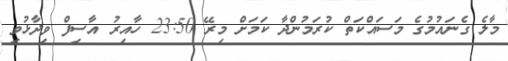
މާލެ ގެނައުމުގެ މަސައްކަތް ކުރަމުންދާ ކަމަށް މިރޭ 23:50 ހާއިރު އާސިފް ވިދާޅުވި